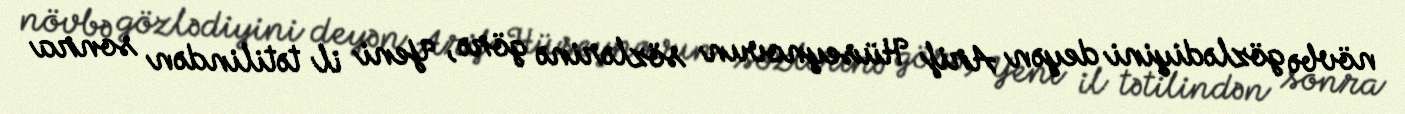
növbə gözlədiyini deyən Arif Hüseynovun sözlərinə görə, Yeni il tətilindən sonra